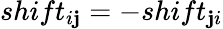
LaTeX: shift_{i\mathbf{j}}=-shift_{\mathbf{j}i}